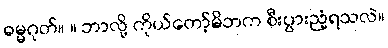
ဓမ္မဂုတ်။ ။ ဘာလို့ ကိုယ်တော့်မိဘက စီးပွားညံ့ရသလဲ။